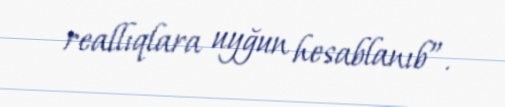
reallıqlara uyğun hesablanıb”.